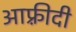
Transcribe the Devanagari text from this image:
आफ़्रीदी